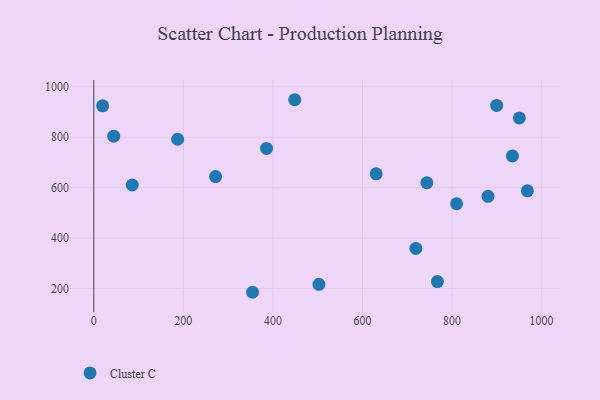
{"axis": {"x": "Price", "y": "Fuel Efficiency"}, "legend": ["Cluster C"], "data": [{"x": "899.6", "y": 926.0, "type": "Cluster C"}, {"x": "719.2", "y": 358.9, "type": "Cluster C"}, {"x": "385.8", "y": 755.6, "type": "Cluster C"}, {"x": "44.6", "y": 804.0, "type": "Cluster C"}, {"x": "950.3", "y": 876.4, "type": "Cluster C"}, {"x": "448.8", "y": 948.7, "type": "Cluster C"}, {"x": "880.3", "y": 565.5, "type": "Cluster C"}, {"x": "810.2", "y": 536.2, "type": "Cluster C"}, {"x": "968.2", "y": 587.4, "type": "Cluster C"}, {"x": "187.3", "y": 791.9, "type": "Cluster C"}, {"x": "85.9", "y": 610.6, "type": "Cluster C"}, {"x": "354.5", "y": 185.1, "type": "Cluster C"}, {"x": "272.0", "y": 644.1, "type": "Cluster C"}, {"x": "630.6", "y": 654.7, "type": "Cluster C"}, {"x": "934.8", "y": 725.5, "type": "Cluster C"}, {"x": "767.3", "y": 227.6, "type": "Cluster C"}, {"x": "743.8", "y": 619.4, "type": "Cluster C"}, {"x": "19.8", "y": 924.7, "type": "Cluster C"}, {"x": "502.8", "y": 216.8, "type": "Cluster C"}]}